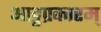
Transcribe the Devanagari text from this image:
आट्टप्रकारम्